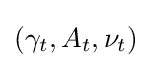
(\gamma _{t},A_{t},\nu _{t})